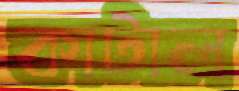
কাটাল